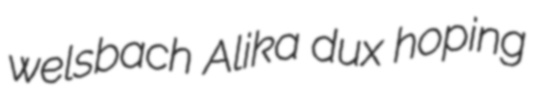
welsbach Alika dux hoping